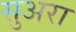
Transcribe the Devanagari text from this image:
सुअरा